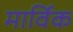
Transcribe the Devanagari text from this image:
मार्विक